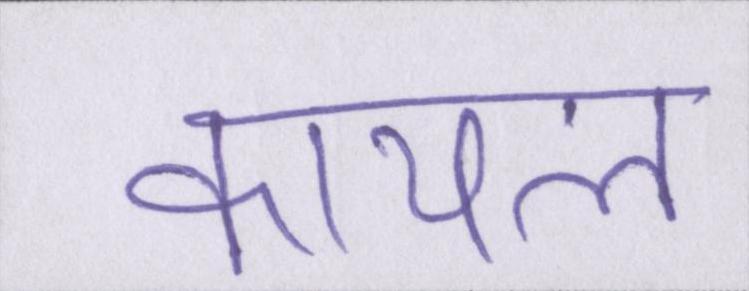
कायल